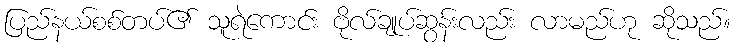
ပြည်နယ်စစ်တပ်၏ သူရဲကောင်း ဗိုလ်ချုပ်ဆွန်းလည်း လာမည်ဟု ဆိုသည်။